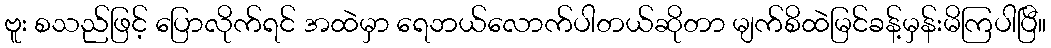
ဗူး စသည်ဖြင့် ပြောလိုက်ရင် အထဲမှာ ရေဘယ်လောက်ပါတယ်ဆိုတာ မျက်စိထဲမြင်ခန့်မှန်းမိကြပါပြီ။